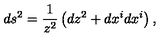
d s ^ { 2 } = \frac { 1 } { z ^ { 2 } } \left( d z ^ { 2 } + d x ^ { i } d x ^ { i } \right) ,